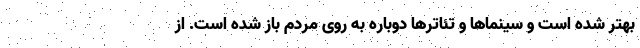
بهتر شده است و سینماها و تئاترها دوباره به روی مردم باز شده است. از